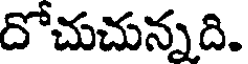
దోచుచున్నది.